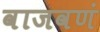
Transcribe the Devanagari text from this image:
वाजवणं